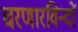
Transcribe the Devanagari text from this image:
चरणारविन्दों